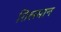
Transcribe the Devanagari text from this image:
ग़िलमान